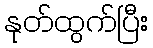
နုတ်ထွက်ပြီး